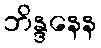
ဘိန္ဒနေန